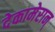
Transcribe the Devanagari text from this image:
देकामेरान्